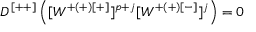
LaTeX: D ^ { [ + + ] } \left( [ W ^ { + ( + ) [ + ] } ] ^ { p + j } [ W ^ { + ( + ) [ - ] } ] ^ { j } \right) = 0